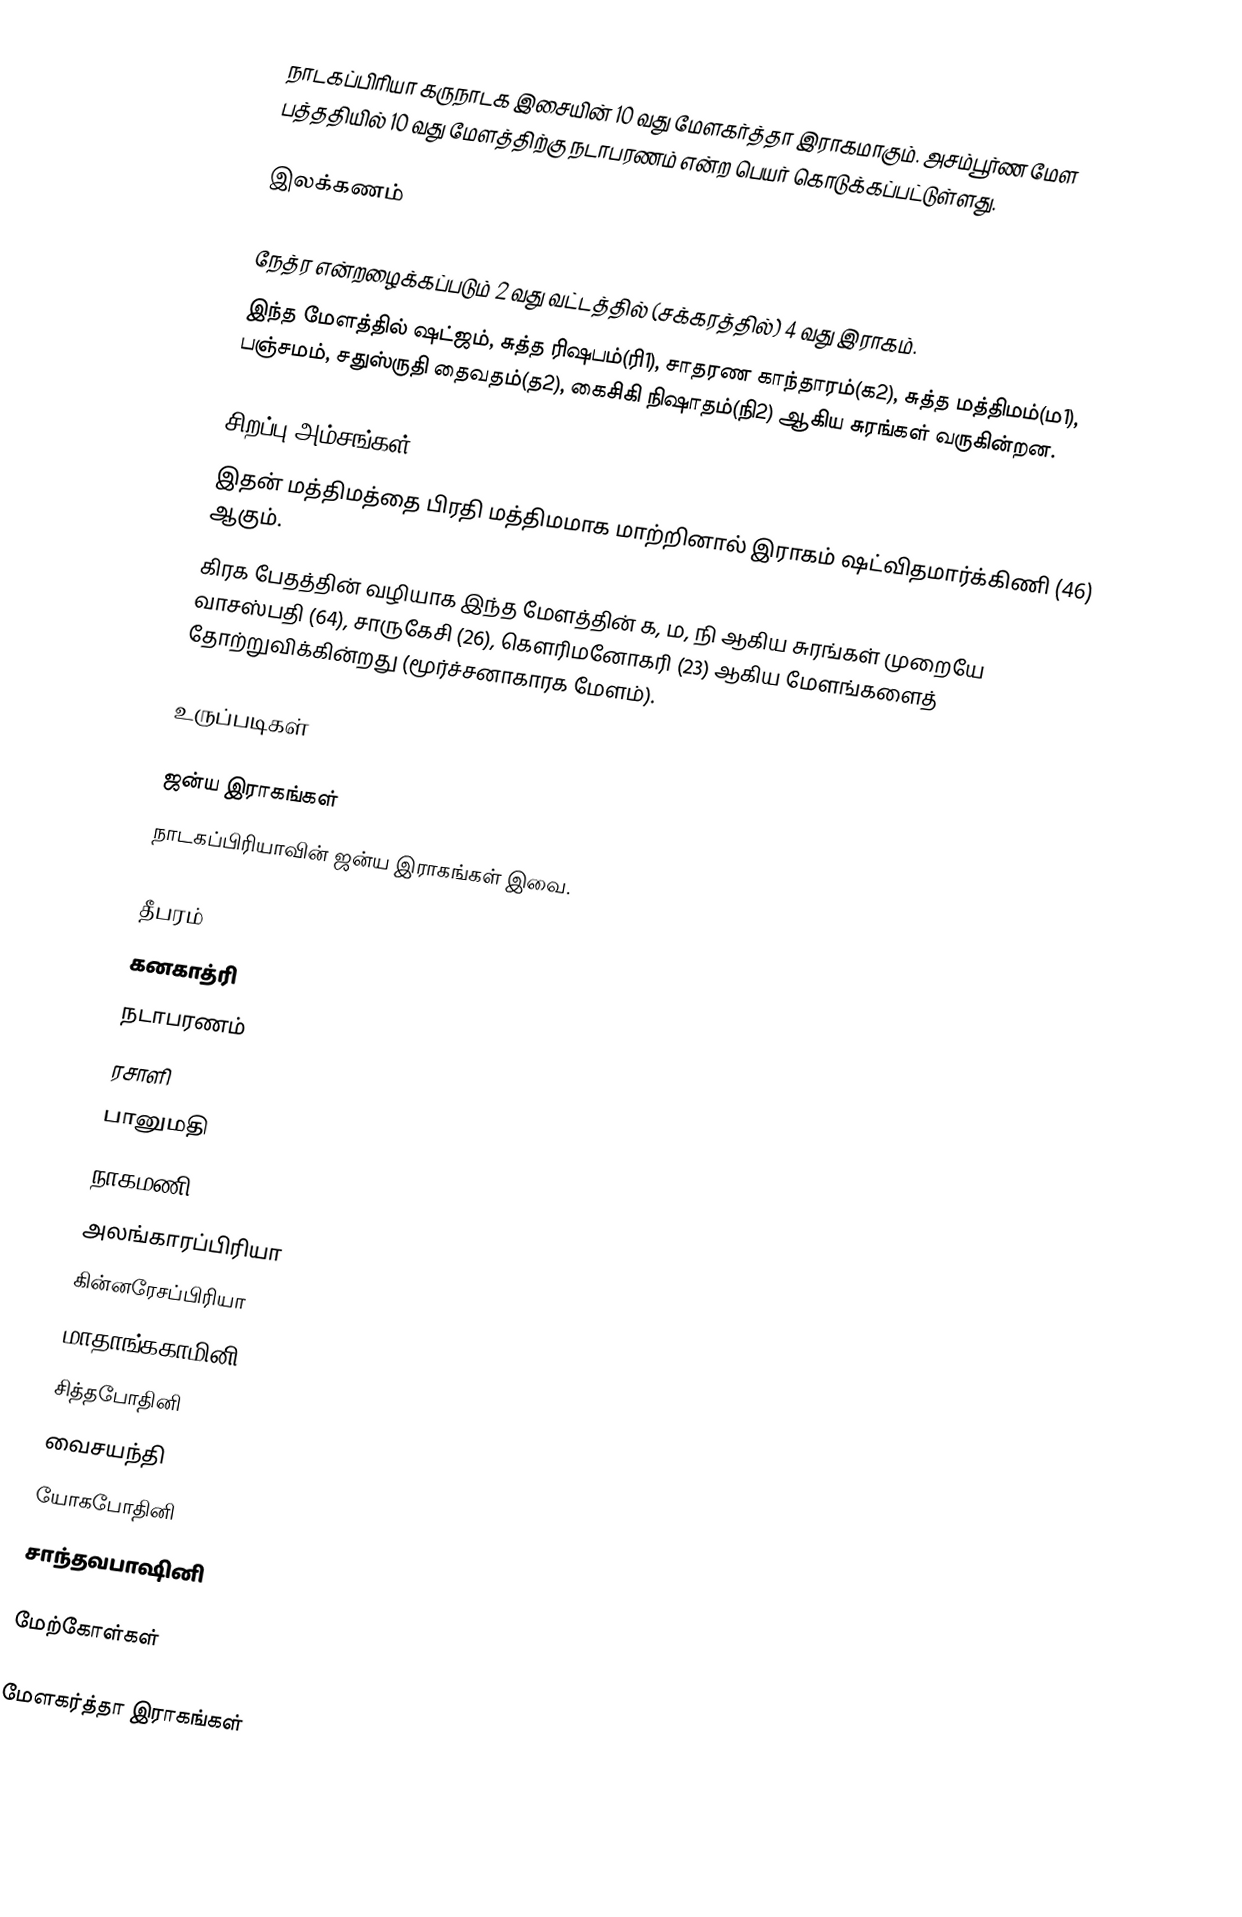
நாடகப்பிரியா கருநாடக இசையின் 10 வது மேளகர்த்தா இராகமாகும். அசம்பூர்ண மேள பத்ததியில் 10 வது மேளத்திற்கு நடாபரணம் என்ற பெயர் கொடுக்கப்பட்டுள்ளது.

இலக்கணம்

 நேத்ர என்றழைக்கப்படும் 2 வது வட்டத்தில் (சக்கரத்தில்) 4 வது இராகம்.
 இந்த மேளத்தில் ஷட்ஜம், சுத்த ரிஷபம்(ரி1), சாதரண காந்தாரம்(க2), சுத்த மத்திமம்(ம1), பஞ்சமம், சதுஸ்ருதி தைவதம்(த2), கைசிகி நிஷாதம்(நி2) ஆகிய சுரங்கள் வருகின்றன.

சிறப்பு அம்சங்கள்
 இதன் மத்திமத்தை பிரதி மத்திமமாக மாற்றினால் இராகம் ஷட்விதமார்க்கிணி (46) ஆகும்.
 கிரக பேதத்தின் வழியாக இந்த மேளத்தின் க, ம, நி ஆகிய சுரங்கள் முறையே வாசஸ்பதி (64), சாருகேசி (26), கௌரிமனோகரி (23) ஆகிய மேளங்களைத் தோற்றுவிக்கின்றது (மூர்ச்சனாகாரக மேளம்).

உருப்படிகள்

ஜன்ய இராகங்கள்
நாடகப்பிரியாவின் ஜன்ய இராகங்கள் இவை.

 தீபரம்
 கனகாத்ரி
 நடாபரணம்
 ரசாளி
 பானுமதி
 நாகமணி
 அலங்காரப்பிரியா
 கின்னரேசப்பிரியா
 மாதாங்ககாமினி
 சித்தபோதினி
 வைசயந்தி
 யோகபோதினி
 சாந்தவபாஷினி

மேற்கோள்கள்

மேளகர்த்தா இராகங்கள்